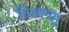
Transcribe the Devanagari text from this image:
तिआनमु